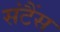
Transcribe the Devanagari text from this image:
संटैंस